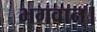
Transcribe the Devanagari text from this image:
भगवान्‌।